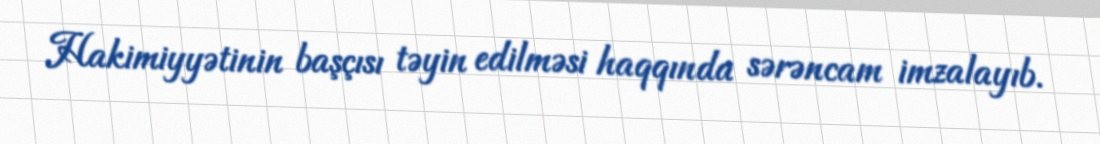
Hakimiyyətinin başçısı təyin edilməsi haqqında sərəncam imzalayıb.